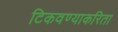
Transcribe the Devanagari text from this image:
टिकवण्याकरिता